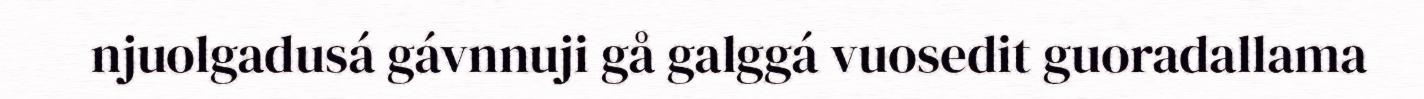
njuolgadusá gávnnuji gå galggá vuosedit guoradallama